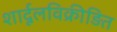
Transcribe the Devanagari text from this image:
शार्दूलविक्रीड़ित